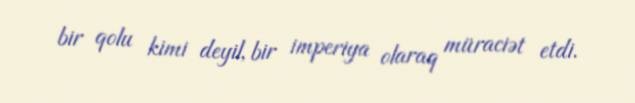
bir qolu kimi deyil, bir imperiya olaraq müraciət etdi.